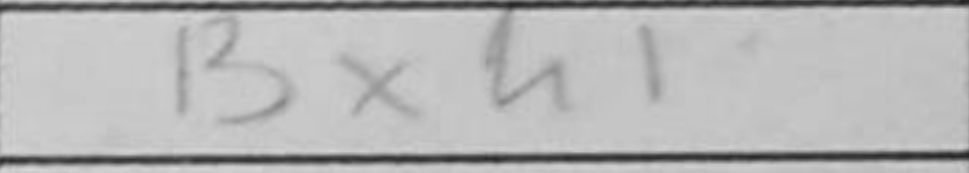
Transcription: Bxh1